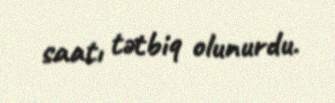
saatı tətbiq olunurdu.